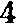
4